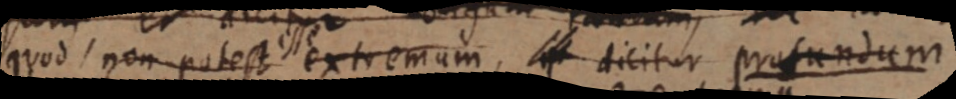
quod non potest esse extremum, _ dicitur profundum